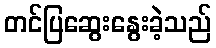
တင်ပြဆွေးနွေးခဲ့သည်